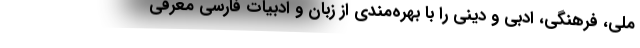
ملی، فرهنگی، ادبی و دینی را با بهره‌مندی از زبان و ادبیات فارسی معرفی